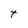
Character: T